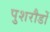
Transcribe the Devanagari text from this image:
पुशरौडों